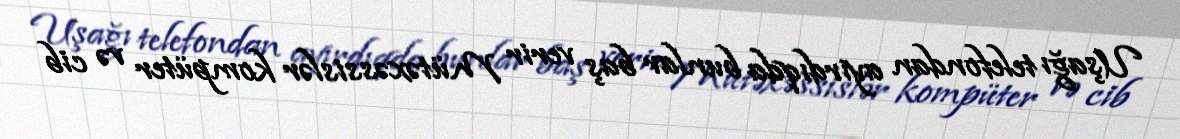
Uşağı telefondan ayırdıqda bunlar baş verir Mütəxəssislər kompüter və cib